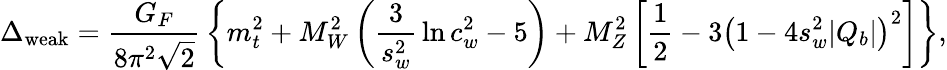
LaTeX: \Delta_{\mathrm{weak}}={\frac{G_{F}}{8\pi^{2}\sqrt 2}}\left\{ m_{t}^{2}+M_{W}^{2}\left({\frac{3}{s_{w}^{2}}}\ln c_{w}^{2}-5\right)+M_{Z}^{2}\left[{\frac{1}{2}}-3\left(1-4s_{w}^{2}|Q_{b}|\right)^{2}\right]\right\} ,